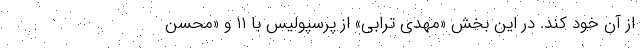
از آن خود کند. در این بخش «مهدی ترابی» از پرسپولیس با ۱۱ و «محسن